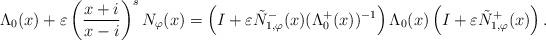
LaTeX: \begin{align*}\Lambda_0(x) + \varepsilon \left(\frac{x + i}{x - i}\right)^s N_{\varphi}(x) = \left(I + \varepsilon \tilde{N}_{1,\varphi}^{-}(x) (\Lambda^{+}_{0}(x))^{-1}\right) \Lambda_{0}(x) \left(I + \varepsilon \tilde{N}_{1,\varphi}^{+}(x)\right).\end{align*}